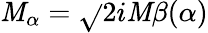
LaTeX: \mathit{M}_{\alpha}=\sqrt{}{{2}}i\mathit{M}\beta(\alpha)